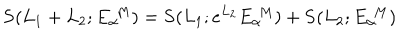
{ \bf S } ( L _ { 1 } + L _ { 2 } ; E _ { \alpha } ^ { \, \, M } ) = { \bf S } ( L _ { 1 } ; e ^ { L _ { 2 } } E _ { \alpha } ^ { \, \, M } ) + { \bf S } ( L _ { 2 } ; E _ { \alpha } ^ { \, \, M } )